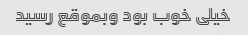
خیلی خوب بود وبموقع رسید